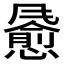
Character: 𫗄